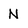
Character: N